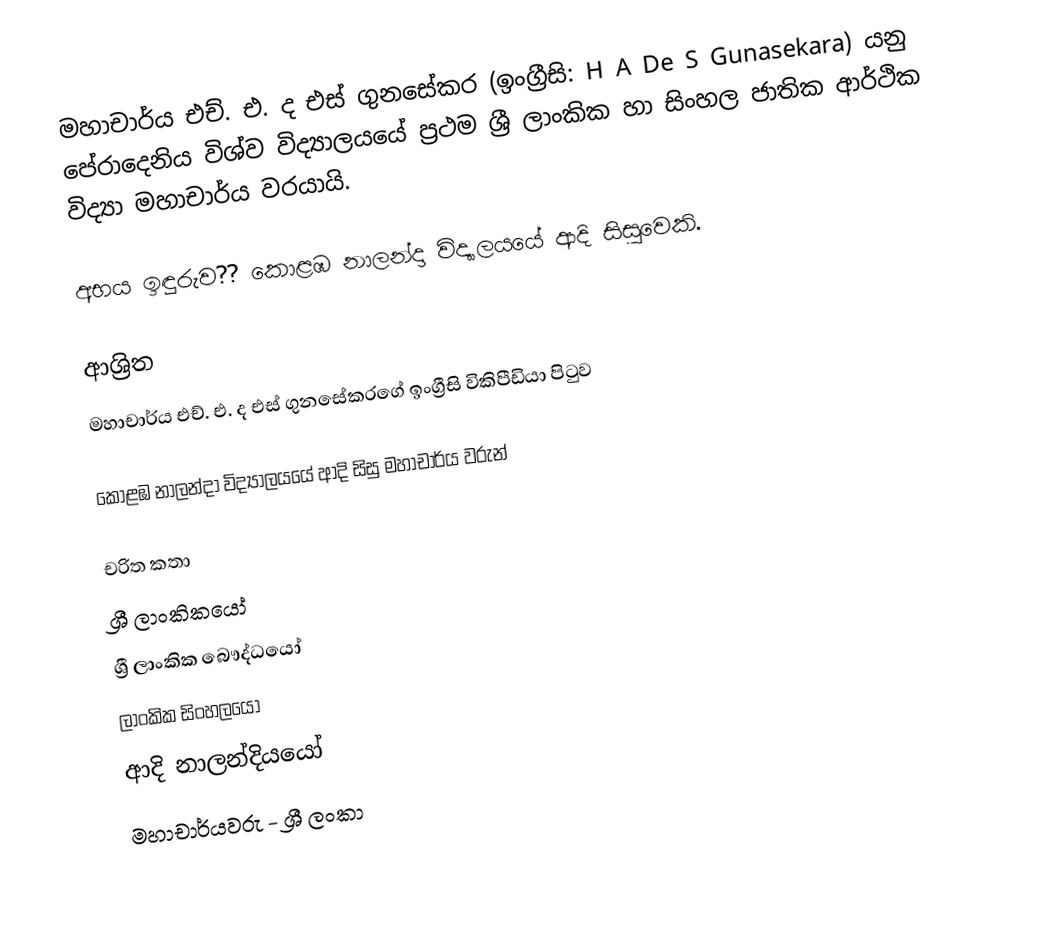
මහාචාර්ය එච්. එ. ද එස් ගුනසේකර (ඉංග්‍රීසි: H A De S Gunasekara) යනු   පේරාදෙනිය විශ්ව විද්‍යාලයයේ   ප්‍රථම ශ්‍රී ලාංකික හා සිංහල ජාතික ආර්ථික විද්‍යා මහාචාර්ය වරයායි.

අභය ඉඳුරුව??  කොළඹ නාලන්දා විද්‍යාලයයේ ආදි සිසුවෙකි.

ආශ්‍රිත
  මහාචාර්ය එච්. එ. ද එස් ගුනසේකරගේ ඉංග්‍රීසි විකිපීඩියා පිටුව

 කොළඹ නාලන්දා විද්‍යාලයයේ ආදි සිසු මහාචාර්ය වරුන්

චරිත කතා
ශ්‍රී ලාංකිකයෝ
ශ්‍රී ලාංකික බෞද්ධයෝ
ලාංකික සිංහලයෝ
ආදි නාලන්දියයෝ
මහාචාර්යවරු - ශ්‍රී ලංකා